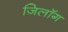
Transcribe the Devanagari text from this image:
जिलॉग